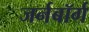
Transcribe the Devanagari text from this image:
जर्नबॉर्ग